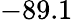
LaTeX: -89.1